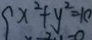
x ^ { 2 } + y ^ { 2 } = 1 0